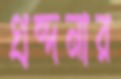
গ্রন্দনার